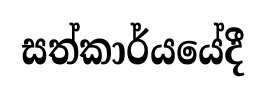
සත්කාර්යයේදී